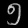
Digit: ၅